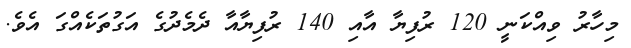
މިހާރު ވިއްކަނީ 120 ރުފިޔާ އާއި 140 ރުފިޔާއާ ދެމެދުގެ އަގުތަކެއްގަ އެވެ.